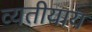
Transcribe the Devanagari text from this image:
व्यतीयाय